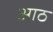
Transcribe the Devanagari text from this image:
अाठ